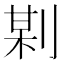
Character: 𠝺